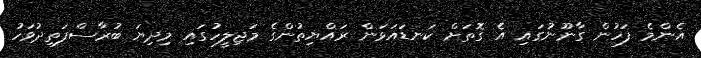
އެންމެ ފަހުން ގާނޫނުގައި އެ ގޮތަށް ކަނޑައަޅަން ރައްޔިތުންގެ މަޖިލީހުގައި މިދިޔަ ބުރާސްފަތިދުވަހު